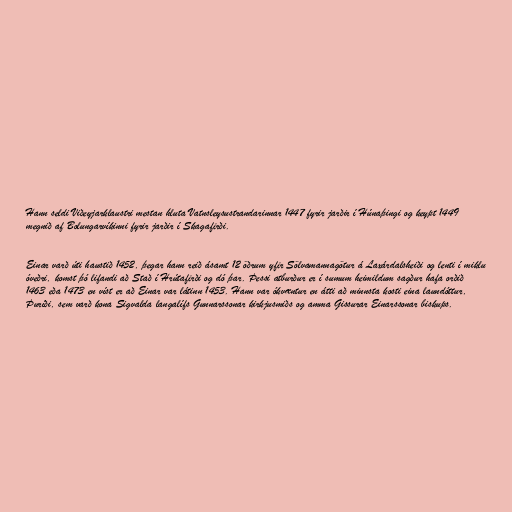
Hann seldi Viðeyjarklaustri mestan hluta Vatnsleysustrandarinnar 1447 fyrir jarðir í Húnaþingi og keypt 1449
megnið af Bolungarvíkinni fyrir jarðir í Skagafirði.

Einar varð úti haustið 1452, þegar hann reið ásamt 12 öðrum yfir Sölvamannagötur á Laxárdalsheiði og lenti í miklu
óveðri, komst þó lifandi að Stað í Hrútafirði og dó þar. Þessi atburður er í sumum heimildum sagður hafa orðið
1463 eða 1473 en víst er að Einar var látinn 1453. Hann var ókvæntur en átti að minnsta kosti eina laundóttur,
Þuríði, sem varð kona Sigvalda langalífs Gunnarssonar kirkjusmiðs og amma Gissurar Einarssonar biskups.